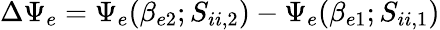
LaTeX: \Delta\Psi_{e}=\Psi_{e}(\beta_{e2};S_{ii,2})-\Psi_{e}(\beta_{e1};S_{ii,1})